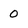
Character: 0